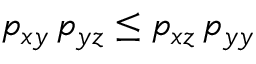
p _ { x y } \, p _ { y z } \le p _ { x z } \, p _ { y y }